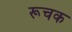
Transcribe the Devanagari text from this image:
रूचक